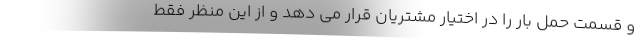
و قسمت حمل بار را در اختیار مشتریان قرار می دهد و از این منظر فقط